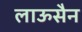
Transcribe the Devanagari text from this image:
लाऊसैन